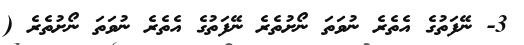
3- ނޭފަތުގެ އެތެރެ ނުވަތަ ނޯށުތެރެ ނޭފަތުގެ އެތެރެ ނުވަތަ ނޯށުތެރެ (